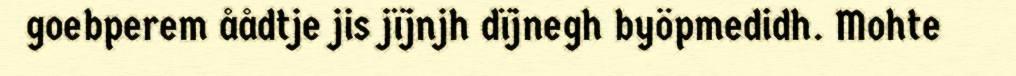
goebperem åådtje jis jïjnjh dïjnegh byöpmedidh. Mohte